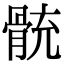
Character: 𩩁